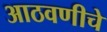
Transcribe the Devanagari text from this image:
आठवणीचे